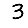
Digit: 3